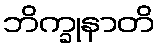
ဘိက္ခုနာတိ